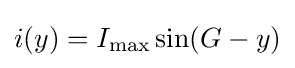
i(y)=I_{\text{max}}\sin(G-y)